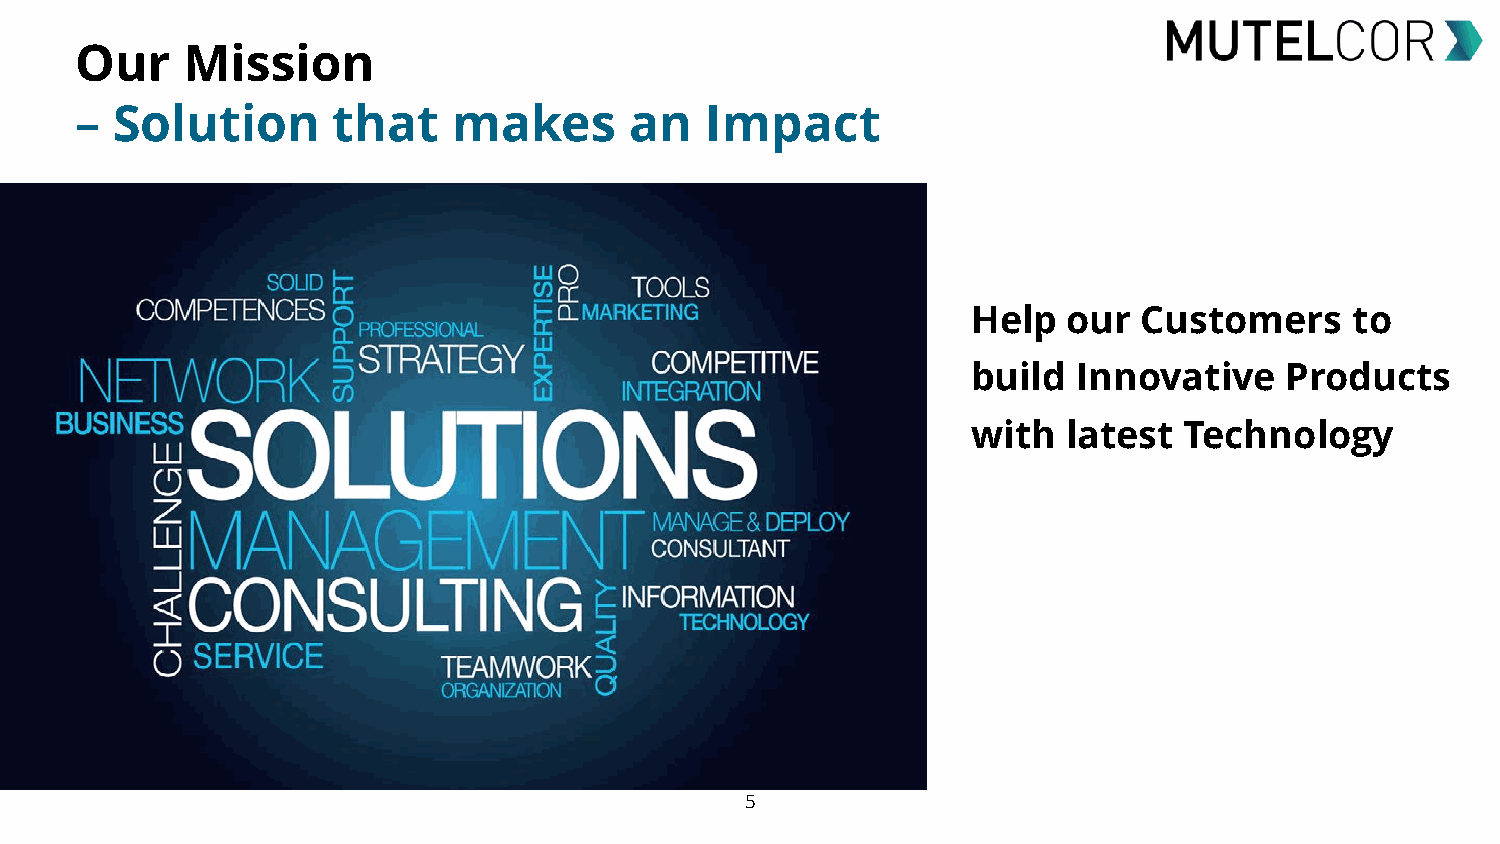
Our    Mission
 – Solution       that    makes       an   Impact
 • Help   our  Customers     to
 • build  Innovative    Products
 • with   latest Technology
 5